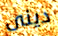
دينى